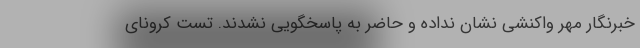
خبرنگار مهر واکنشی نشان نداده و حاضر به پاسخگویی نشدند. تست کرونای